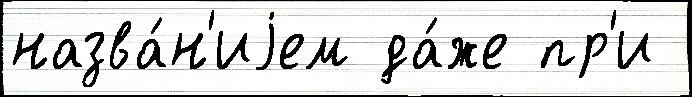
назва́н'иjем да́же пр'и